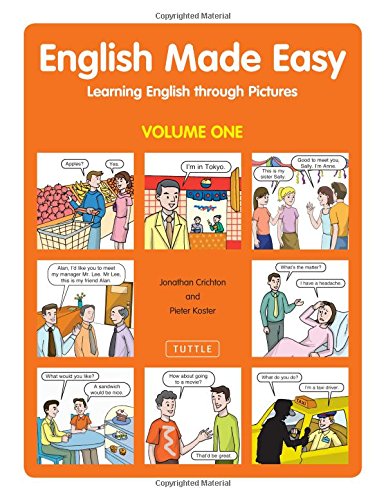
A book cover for English Made Easy Volume One: Learning English through Pictures; Jonathan Crichton; Reference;